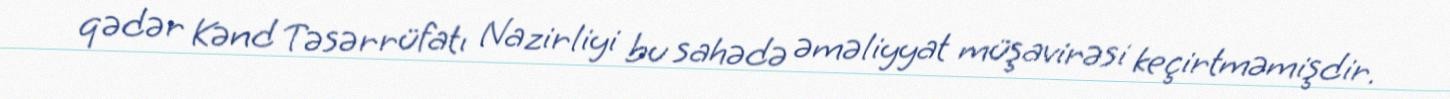
qədər Kənd Təsərrüfatı Nazirliyi bu sahədə əməliyyat müşavirəsi keçirtməmişdir.